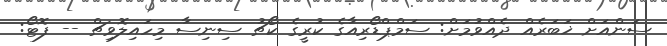
ސަންއަށް ޚަބަރެއް ދެއްވުމަށް: ސަމްޕްޑޯރިއާގެ ކުރީގެ ކޯޗު ސިނިސާ މިހައިލޮވިޗް -- ފޮޓޯ: